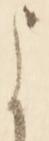
よ